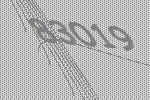
83019